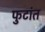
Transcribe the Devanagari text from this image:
फुटांत